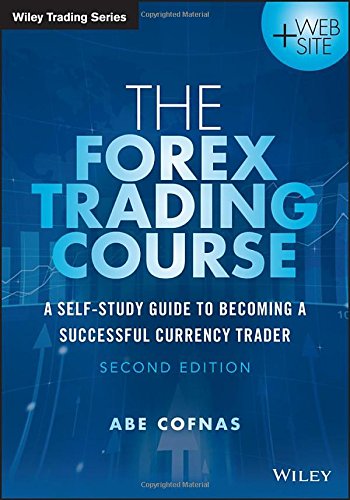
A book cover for The Forex Trading Course: A Self-Study Guide to Becoming a Successful Currency Trader (Wiley Trading); Abe Cofnas; Business & Money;